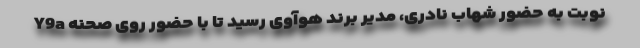
Y9a نوبت به حضور شهاب نادری، مدیر برند هوآوی رسید تا با حضور روی صحنه